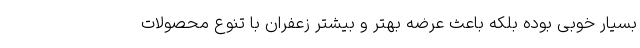
بسیار خوبی بوده بلکه باعث عرضه بهتر و بیشتر زعفران با تنوع محصولات